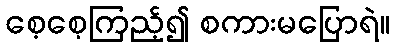
စေ့စေ့ကြည့်၍ စကားမပြောရဲ။